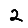
Digit: 2